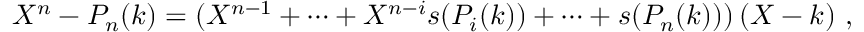
X ^ { n } - P _ { n } ( k ) = ( X ^ { n - 1 } + \dots + X ^ { n - i } s ( P _ { i } ( k ) ) + \dots + s ( P _ { n } ( k ) ) ) \, ( X - k ) \ ,